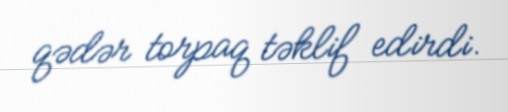
qədər torpaq təklif edirdi.